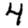
Digit: 4